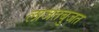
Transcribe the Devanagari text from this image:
लाजतबुजत